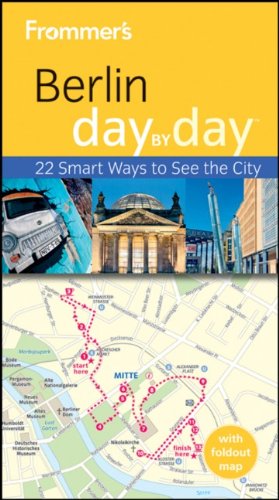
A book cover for Frommer's Berlin Day By Day (Frommer's Day by Day - Pocket); Kerry Christiani; Travel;